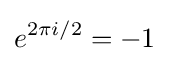
e^{2\pi i/2}=-1